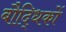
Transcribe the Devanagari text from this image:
बौद्धिकों